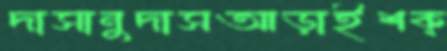
দাসানুদাসআড়াইশক্